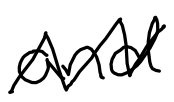
Text: and
Cross-out: mix
Writing tool: digital_black